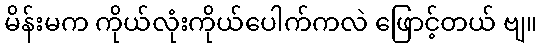
မိန်းမက ကိုယ်လုံးကိုယ်ပေါက်ကလဲ ဖြောင့်တယ် ဗျ။